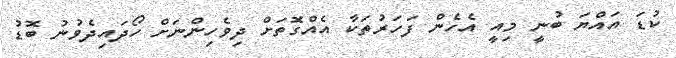
ކުޑަ އައްޔަ ބުނީ މިއީ އެހެން ފަހަރުތަކާ އެއްގޮތަށް ދިވެހިންނަށް ހޯދައިދެވުނު ބޮޑު